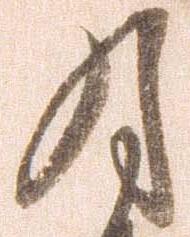
月